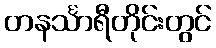
တနင်္သာရီတိုင်းတွင်